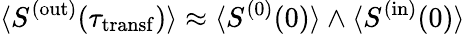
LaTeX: {\langle S^{(\mathrm{out})}(\tau_{\mathrm{transf}})\rangle}\approx{\langle S^{(0)}(0)\rangle\wedge\langle S^{(\mathrm{in})}(0)\rangle}